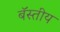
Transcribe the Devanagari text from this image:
बॅस्तीय